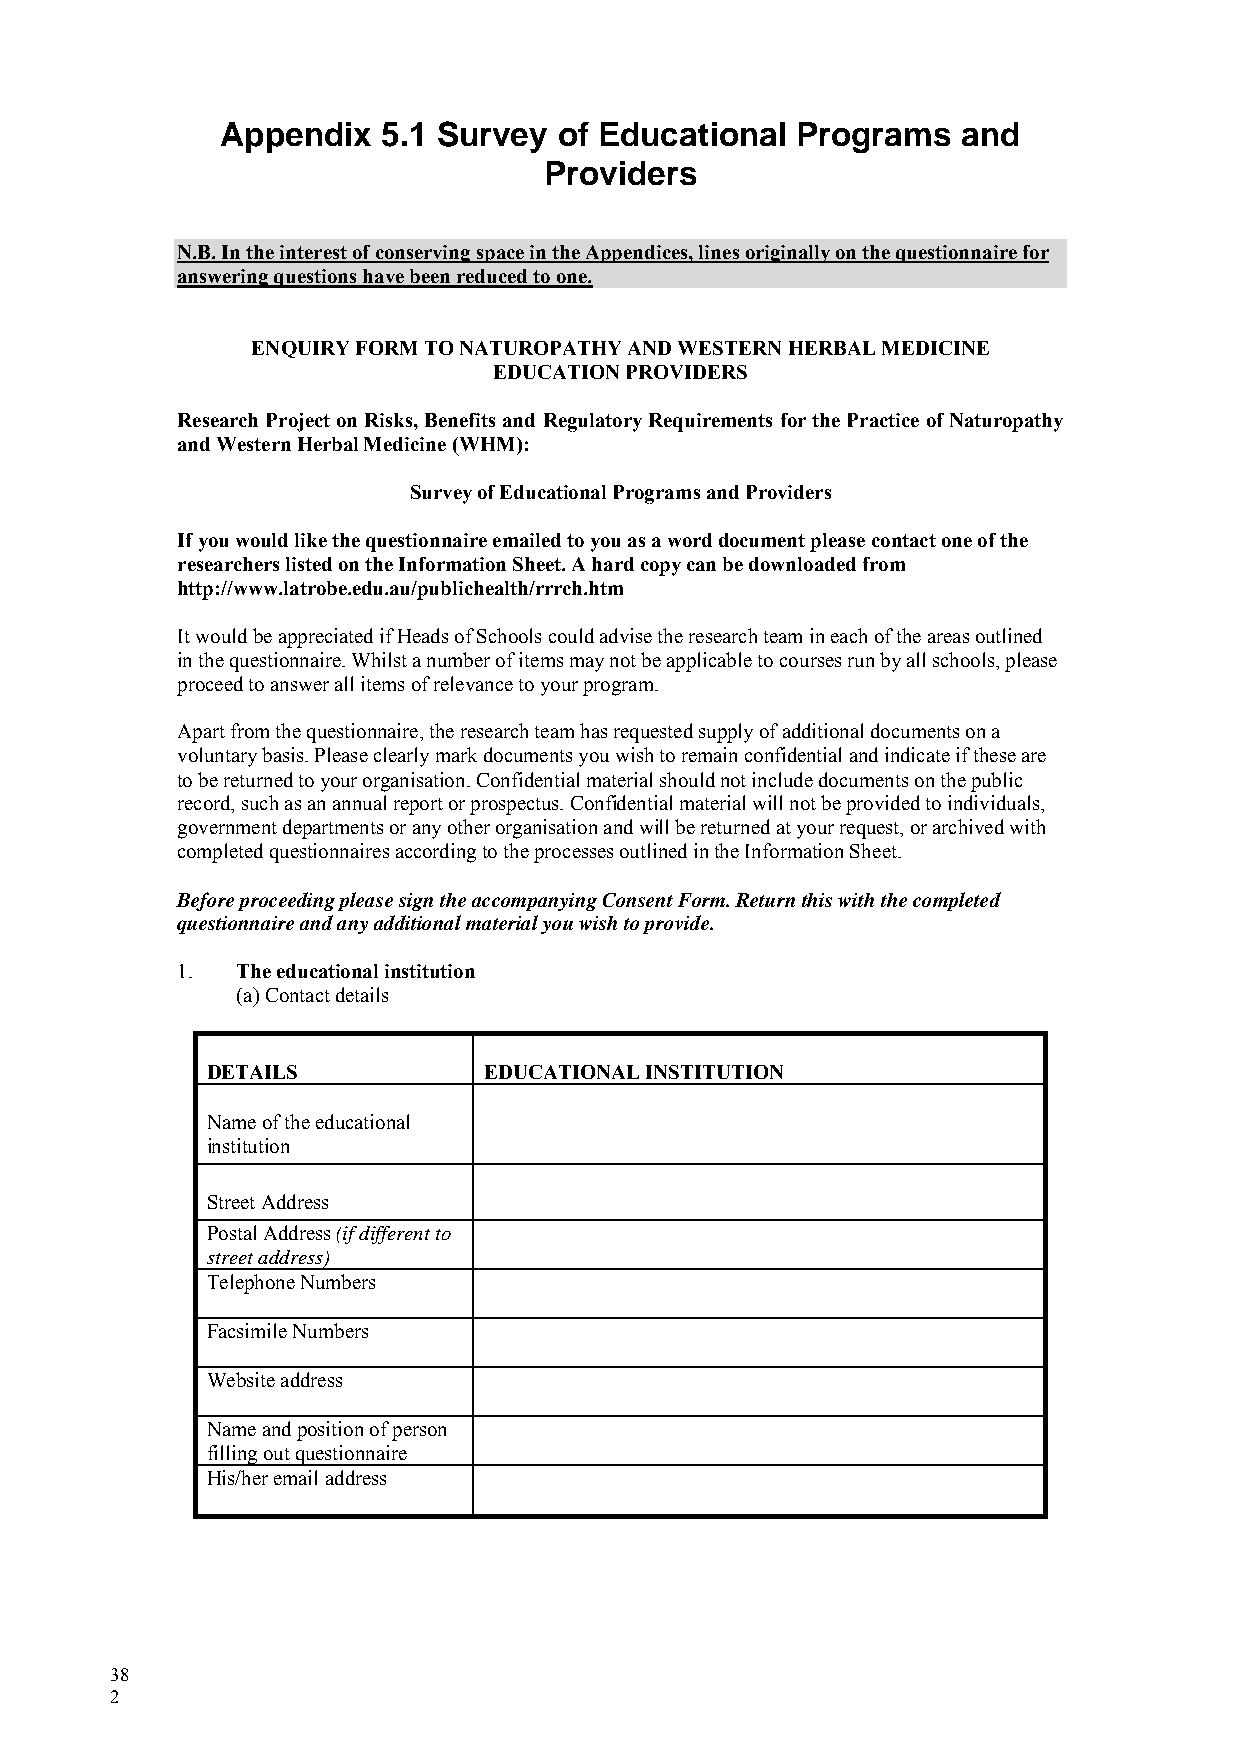
Appendix  5.1 Survey  of Educational  Programs   and
 Providers
 N.B. In the interest of conserving space in the Appendices, lines originally on the questionnaire for
 answering questions have been reduced to one.
 ENQUIRY FORM TO NATUROPATHY AND WESTERN HERBAL MEDICINE
 EDUCATION PROVIDERS
 Research Project on Risks, Benefits and Regulatory Requirements for the Practice of Naturopathy
 and Western Herbal Medicine (WHM):
 Survey of Educational Programs and Providers
 If you would like the questionnaire emailed to you as a word document please contact one of the
 researchers listed on the Information Sheet. A hard copy can be downloaded from
 http://www.latrobe.edu.au/publichealth/rrrch.htm
 It would be appreciated if Heads of Schools could advise the research team in each of the areas outlined
 in the questionnaire. Whilst a number of items may not be applicable to courses run by all schools, please
 proceed to answer all items of relevance to your program.
 Apart from the questionnaire, the research team has requested supply of additional documents on a
 voluntary basis. Please clearly mark documents you wish to remain confidential and indicate if these are
 to be returned to your organisation. Confidential material should not include documents on the public
 record, such as an annual report or prospectus. Confidential material will not be provided to individuals,
 government departments or any other organisation and will be returned at your request, or archived with
 completed questionnaires according to the processes outlined in the Information Sheet.
 Before proceeding please sign the accompanying Consent Form. Return this with the completed
 questionnaire and any additional material you wish to provide.
 1.  The educational institution
 (a) Contact details
 DETAILS           EDUCATIONAL INSTITUTION
 Name of the educational
 institution
 Street Address
 Postal Address (if different to
 street address)
 Telephone Numbers
 Facsimile Numbers
 Website address
 Name and position of person
 filling out questionnaire
 His/her email address
 38
 2